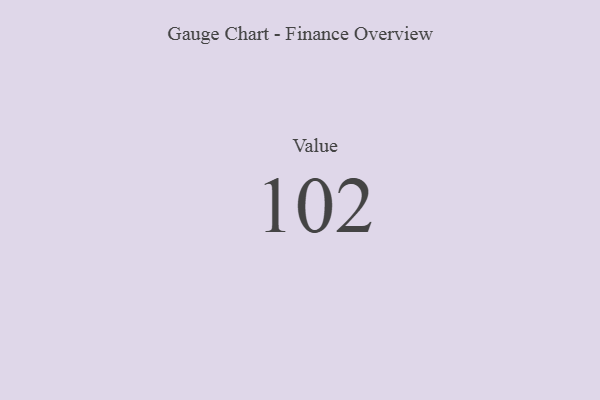
{"axis": {"x": "Metric", "y": "Value"}, "legend": [""], "data": [{"x": "Value", "y": 102, "type": ""}]}